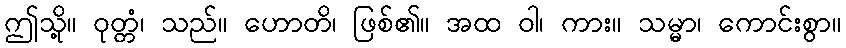
ဤသို့။ ဝုတ္တံ၊ သည်။ ဟောတိ၊ ဖြစ်၏။ အထ ဝါ၊ ကား။ သမ္မာ၊ ကောင်းစွာ။